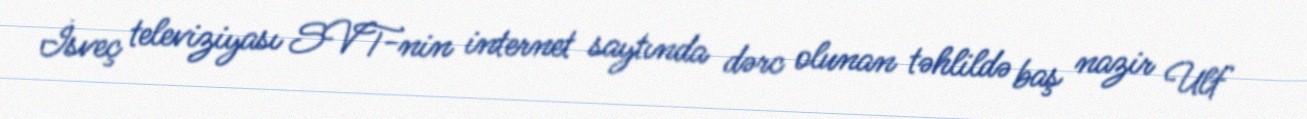
İsveç televiziyası SVT-nin internet saytında dərc olunan təhlildə baş nazir Ulf